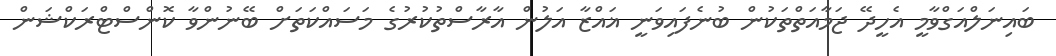
ބައިނަލްއަގްވާމީ އެހީދޭ ޖަމާއަތްތަކުން ބުނެފައިވަނީ ޣައްޒާ އަލުން އާރާސްތުކުރުގެ މަސައްކަތަށް ބޭނުންވާ ކޮންސްޓްރަކްޝަން